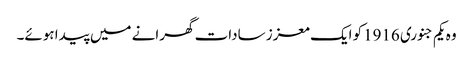
وہ یکم جنوری 1916کو ایک معزز سادات گھرانے میں پیدا ہوئے۔